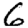
Digit: 6